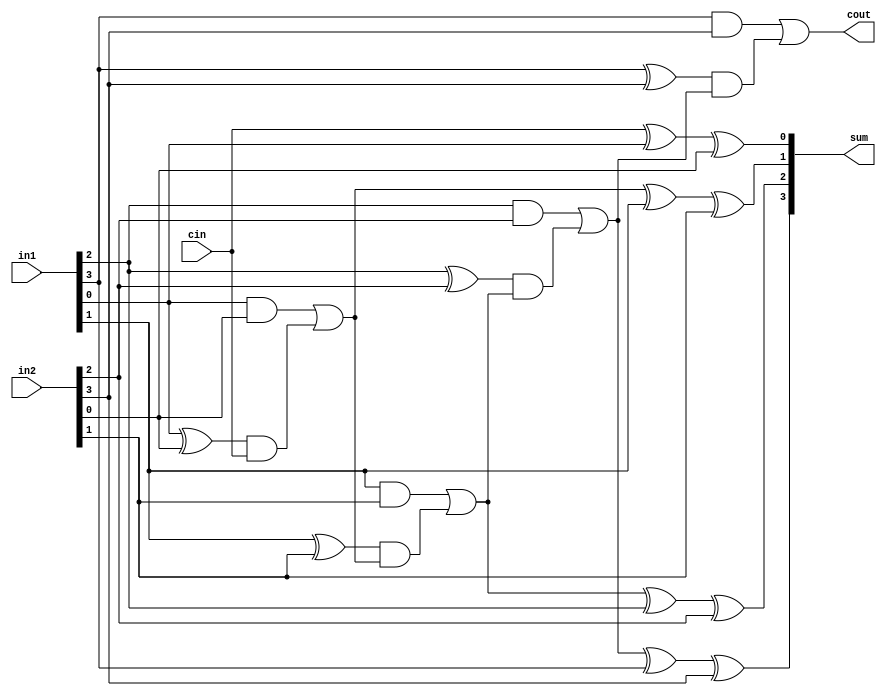
module CLA_N_bit (in1,in2,sum,cin,cout);
parameter N=4;
input [N-1 :0 ] in1,in2;
input cin;
output [N-1 : 0] sum;
output cout;

reg [N : 0] c;

integer i;
always @(*)
begin
c[0] = cin;
for (i=0; i<N; i=i+1) begin:CARRY_BLK
c[i+1] = (in1[i] & in2[i]) | ((in1[i] ^ in2[i]) & c[i]);
end
end

genvar j;
generate
	for( j=0; j<N; j=j+1) begin:SUM_BLK
	xor u1 (sum[j],c[j],in1[j],in2[j]);
	end
endgenerate

assign cout = c[N];

endmodule